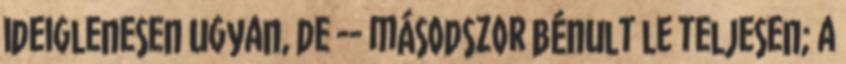
ideiglenesen ugyan, de -- másodszor bénult le teljesen; a